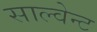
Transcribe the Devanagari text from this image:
साल्वेन्ट